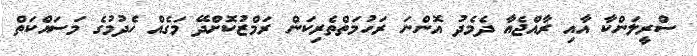
ސްރީލަންކާ އާއި ރާއްޖެއާ ދެމެދު އޮންނަ ރަހުމަތްތެރިކަން ރަމްޒުކޮށްދޭ މަގެއް ހެދުމުގެ މަސައްކަތް